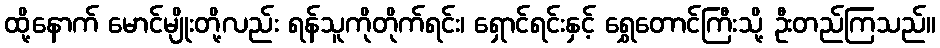
ထို့နောက် မောင်မျိုးတို့လည်း ရန်သူကိုတိုက်ရင်း၊ ရှောင်ရင်းနှင့် ရွှေတောင်ကြီးသို့ ဦးတည်ကြသည်။